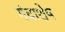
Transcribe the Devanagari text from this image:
गंधाशेष